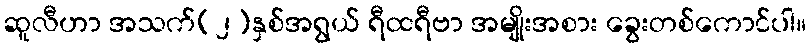
ဆူလီဟာ အသက်(၂)နှစ်အရွယ် ရီထရီဗာ အမျိုးအစား ခွေးတစ်ကောင်ပါ။